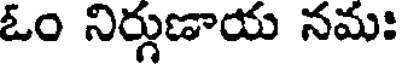
ఓం నిర్గుణాయ నమః